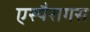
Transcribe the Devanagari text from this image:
एस्पैरागस